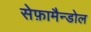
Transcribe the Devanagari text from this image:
सेफ़ामैन्डोल